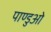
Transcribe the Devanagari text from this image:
पाण्डुओ